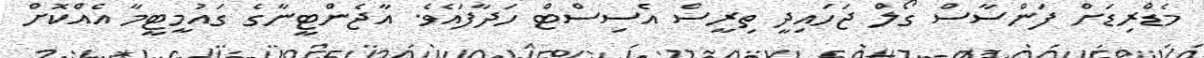
މެޑްރިޑަށް ފަންސާސް ގޯލް ޖަހައިދީ ތިރީސް އެސިސްޓް ހަދާފައެވެ. އާޖެންޓީނާގެ ގައުމީޓީމާ އެއްކޮށް